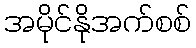
အမိုင်နိုအက်စစ်